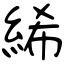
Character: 絺